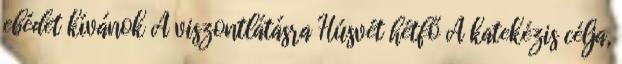
ebédet kívánok A viszontlátásra Húsvét hétfő A katekézis célja,